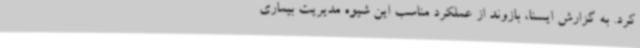
کرد. به گزارش ایسنا، بازوند از عملکرد مناسب این شیوه مدیریت بیماری